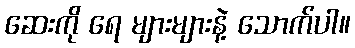
ဆေးကို ရေ များများနဲ့ သောက်ပါ။